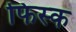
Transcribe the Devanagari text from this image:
फिस्‍क